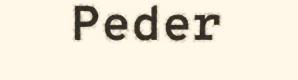
Peder